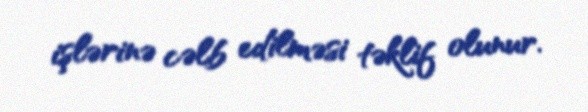
işlərinə cəlb edilməsi təklif olunur.